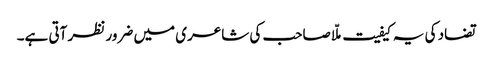
تضاد کی یہ کیفیت ملّا صاحب کی شاعری میں ضرور نظر آتی ہے۔